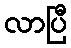
လာပြီ